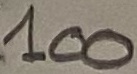
Text: 100